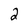
Character: 2